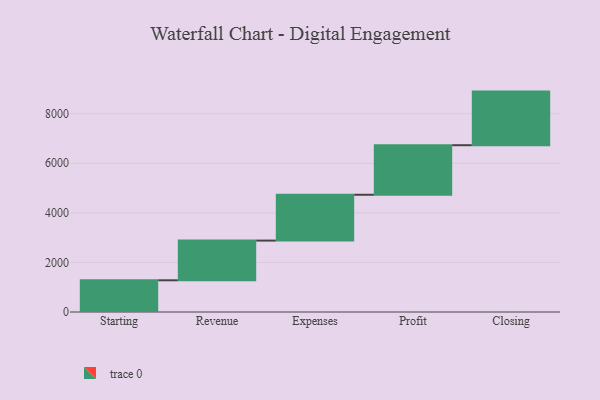
{"axis": {"x": "Step", "y": "Value"}, "legend": [""], "data": [{"x": "Starting", "y": 1279.0, "type": ""}, {"x": "Revenue", "y": 1602.0, "type": ""}, {"x": "Expenses", "y": 1849.0, "type": ""}, {"x": "Profit", "y": 1999.0, "type": ""}, {"x": "Closing", "y": 2163.0, "type": ""}]}